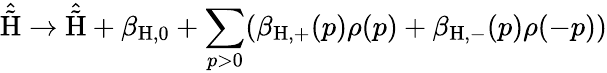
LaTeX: \hat{\tilde{\mathrm{H}}}\rightarrow\hat{\tilde{\mathrm{H}}}+\beta_{\mathrm{H,0}}+\sum_{p>0}(\beta_{\mathrm{H,+}}(p)\rho(p)+\beta_{\mathrm{H,-}}(p)\rho(-p))